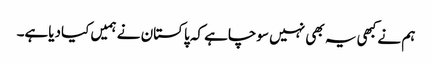
ہم نے کبھی یہ بھی نہیں سوچاہے کہ پاکستان نے ہمیں کیادیاہے۔